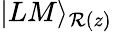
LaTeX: |LM\rangle_{{\cal R}(z)}